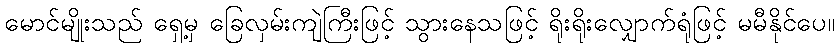
မောင်မျိုးသည် ရှေ့မှ ခြေလှမ်းကျဲကြီးဖြင့် သွားနေသဖြင့် ရိုးရိုးလျှောက်ရုံဖြင့် မမီနိုင်ပေ။